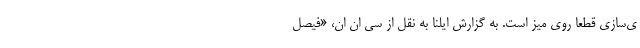
ی‌سازی قطعا روی میز است. به گزارش ایلنا به نقل از سی ان ان، «فیصل